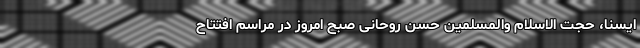
ایسنا، حجت الاسلام والمسلمین حسن روحانی صبح امروز در مراسم افتتاح